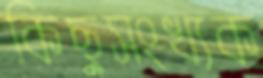
কিছুসংখ্যক